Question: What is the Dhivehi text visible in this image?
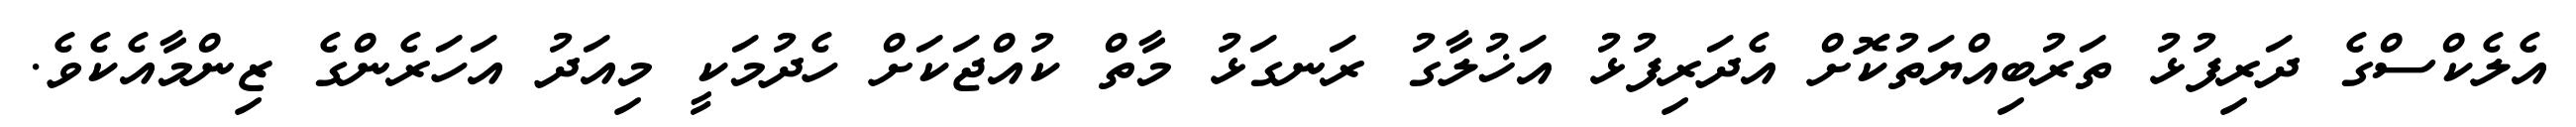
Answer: އެލެކްސްގެ ދަރިފުޅު ތަރުބިއްޔަތުކޮށް އެދަރިފުޅު އަޚުލާގު ރަނގަޅު މާތް ކުއްޖަކަށް ހެދުމަކީ މިއަދު އަހަރެންގެ ޒިންމާއެކެވެ.